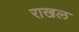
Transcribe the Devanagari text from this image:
राखल